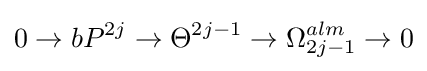
0\to bP^{2j}\to \Theta ^{2j-1}\to \Omega _{2j-1}^{alm}\to 0